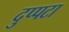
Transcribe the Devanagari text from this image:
दुप्पटा